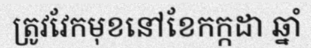
ត្រូវវែកមុខនៅខែកក្កដា ឆ្នាំ